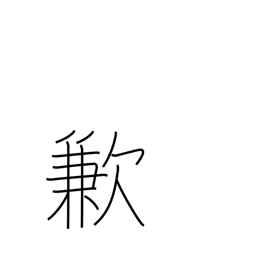
Meaning: insufficiency